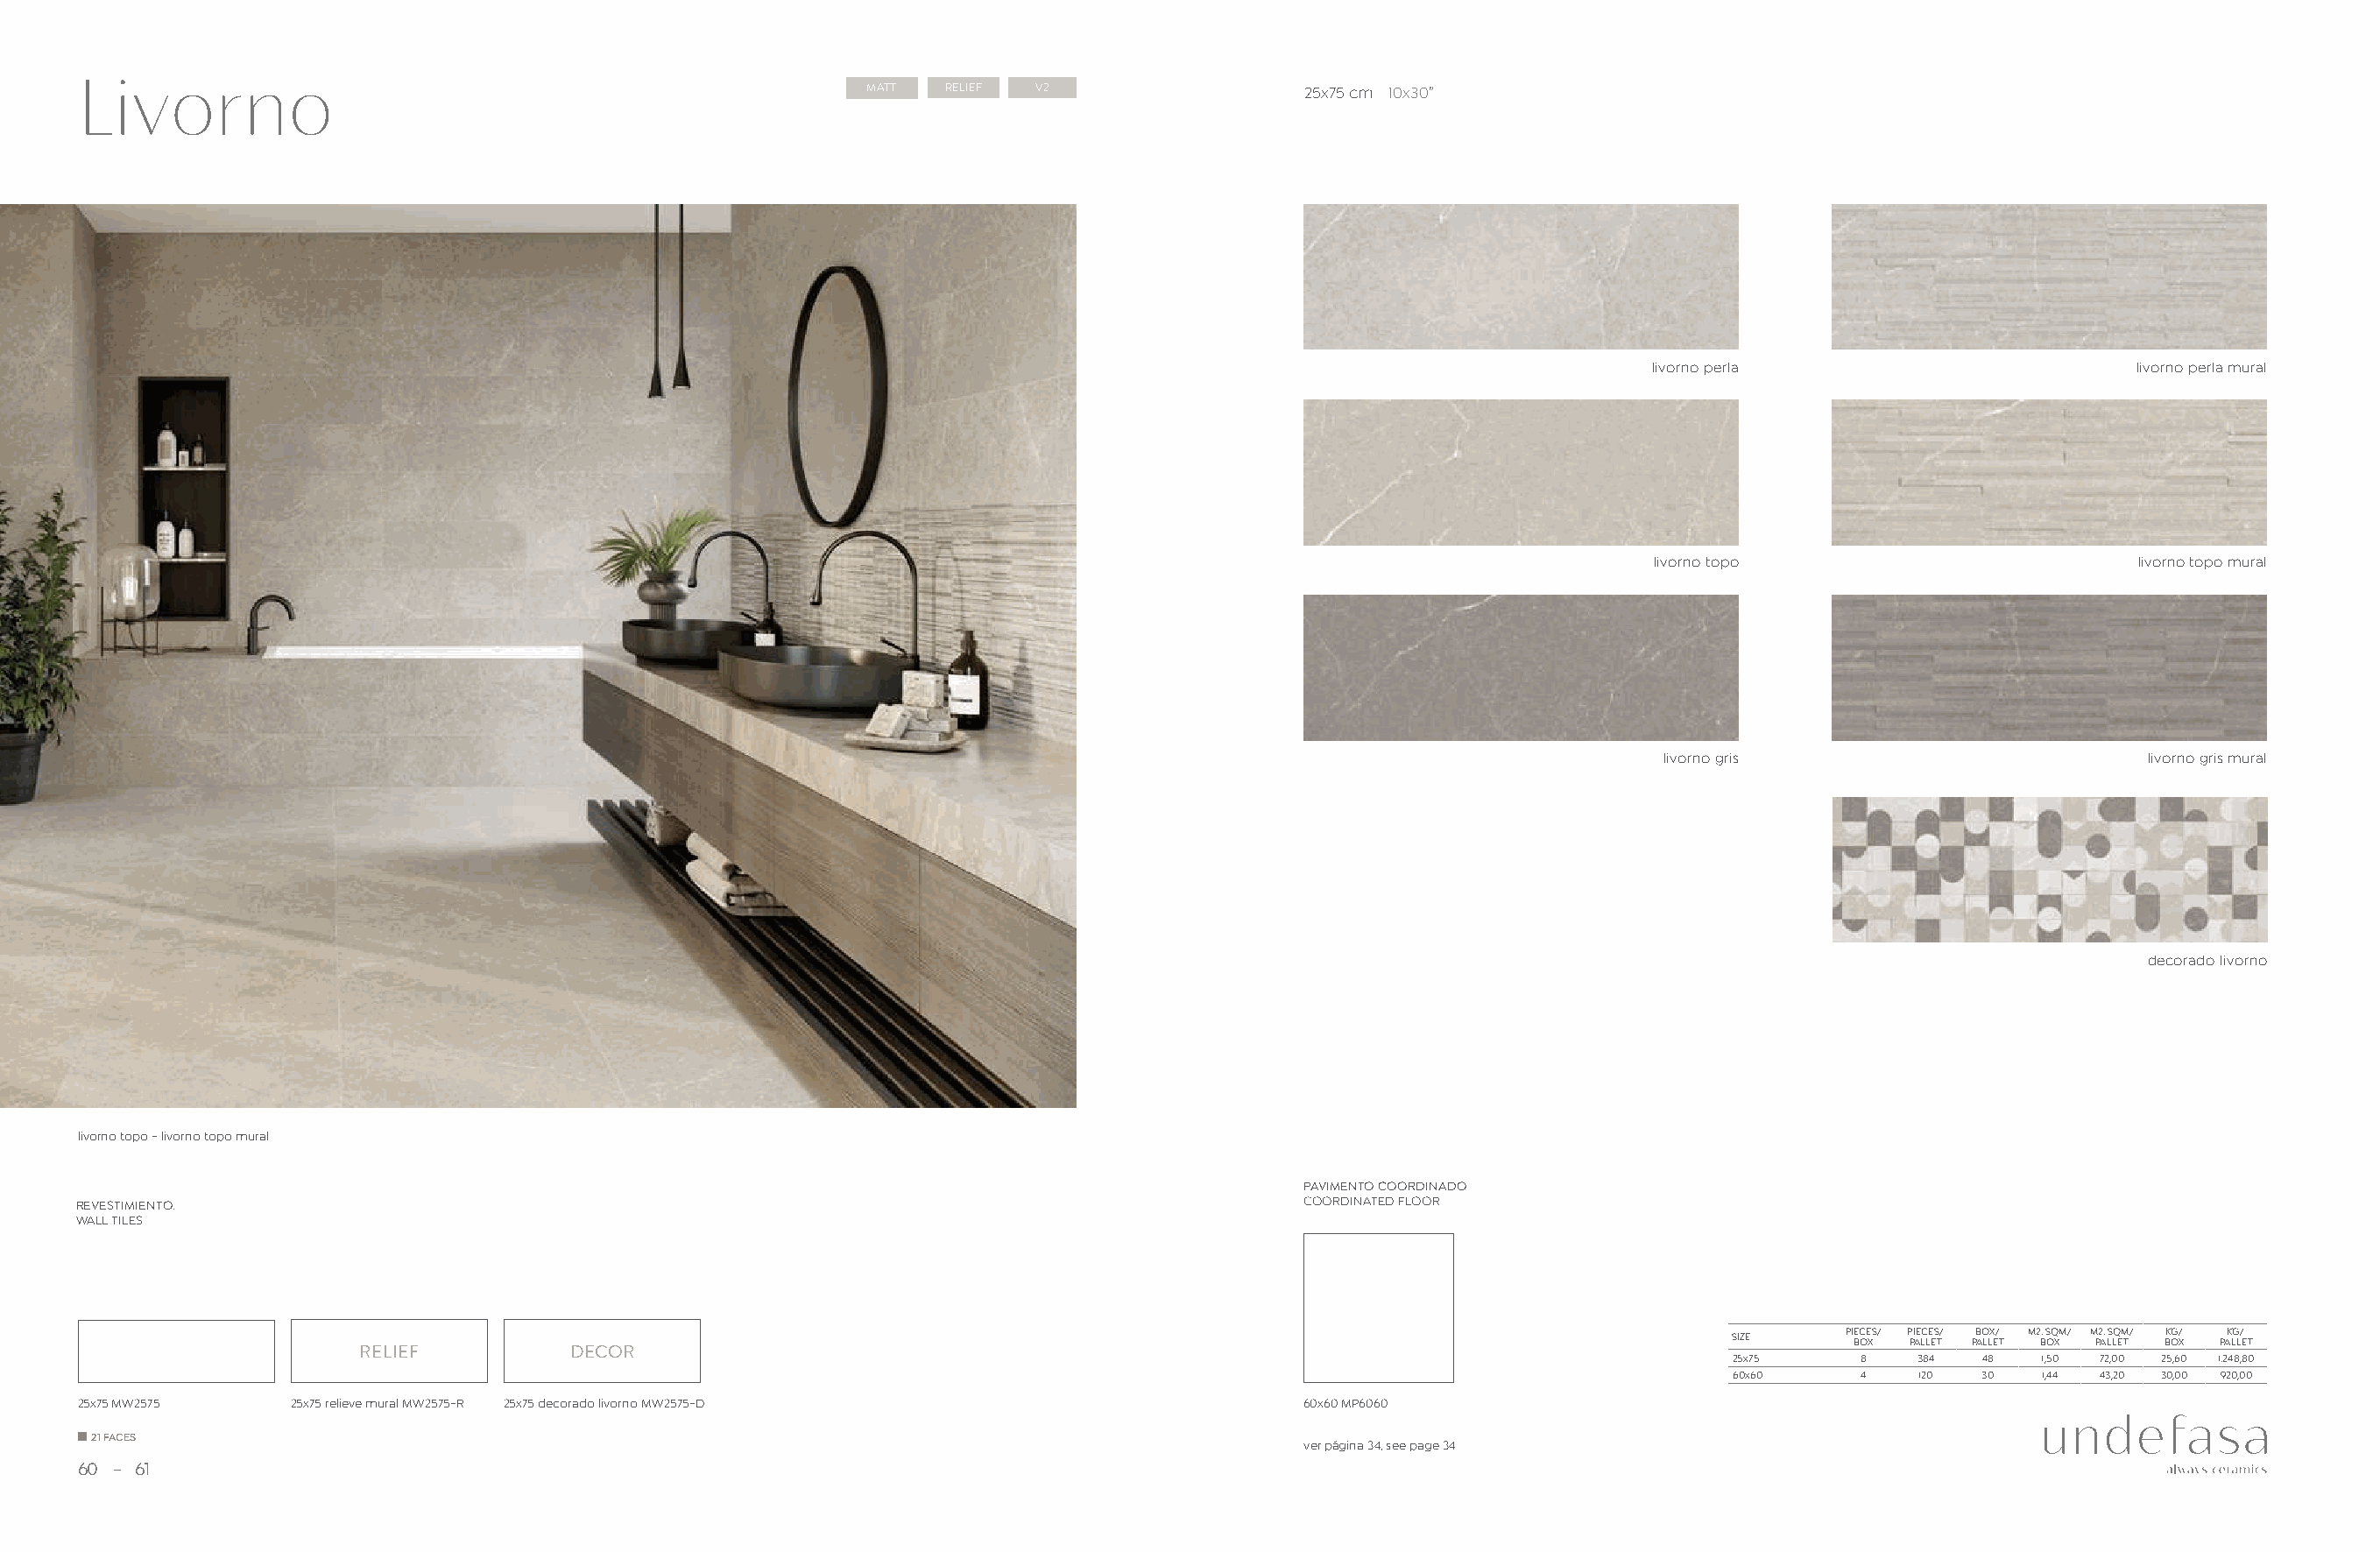
Livorno                                                    MATT  RELIEF V2                   25x75 cm 10x30”
 livorno perla                       livorno perla mural
 livorno topo                         livorno topo mural
 livorno gris                        livorno gris mural
 decorado livorno
 livorno topo - livorno topo mural
 PAVIMENTO COORDINADO
 REVESTIMIENTO.                                                                               COORDINATED FLOOR
 WALL TILES
 PIECES/ PIECES/ BOX/ M2. SQM/ M2. SQM/ KG/ KG/
 SIZE     BOX PALLET PALLET BOX PALLET BOX PALLET
 RELIEF          DECOR
 25x75     8   384  48  1,50 72,00 25,60 1.248,80
 60x60     4   120  30  1,44 43,20 30,00 920,00
 25x75 MW2575    25x75 relieve mural MW2575-R 25x75 decorado livorno MW2575-D                 60x60 MP6060
 21 FACES
 ver página 34, see page 34
 60  61